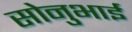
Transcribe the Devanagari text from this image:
सोनुभाई